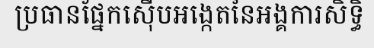
ប្រធានផ្នែកស៊ើបអង្កេតនៃអង្គការសិទ្ធិ